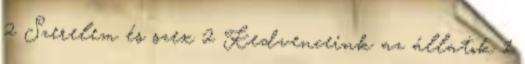
2 Szerelem és szex 2 Kedvenceink az állatok 1